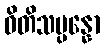
ဓိတိသမ္ပန္နော